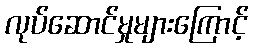
လုပ်ဆောင်မှုများကြောင့်